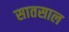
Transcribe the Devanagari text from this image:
सातसाल